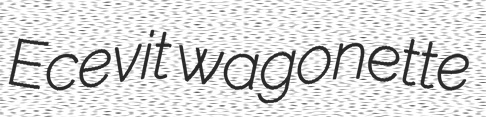
Ecevit wagonette